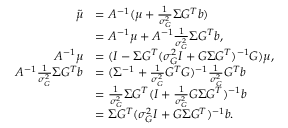
\begin{array} { r l } { \tilde { \mu } } & { = A ^ { - 1 } ( \mu + \frac { 1 } { \sigma _ { G } ^ { 2 } } \Sigma G ^ { T } b ) } \\ & { = A ^ { - 1 } \mu + A ^ { - 1 } \frac { 1 } { \sigma _ { G } ^ { 2 } } \Sigma G ^ { T } b , } \\ { A ^ { - 1 } \mu } & { = ( I - \Sigma G ^ { T } ( \sigma _ { G } ^ { 2 } I + G \Sigma G ^ { T } ) ^ { - 1 } G ) \mu , } \\ { A ^ { - 1 } \frac 1 { \sigma _ { G } ^ { 2 } } \Sigma G ^ { T } b } & { = ( \Sigma ^ { - 1 } + \frac 1 { \sigma _ { G } ^ { 2 } } G ^ { T } G ) ^ { - 1 } \frac { 1 } { \sigma _ { G } ^ { 2 } } G ^ { T } b } \\ & { = \frac { 1 } { \sigma _ { G } ^ { 2 } } \Sigma G ^ { T } ( I + \frac { 1 } { \sigma _ { G } ^ { 2 } } G \Sigma G ^ { T } ) ^ { - 1 } b } \\ & { = \Sigma G ^ { T } ( \sigma _ { G } ^ { 2 } I + G \Sigma G ^ { T } ) ^ { - 1 } b . } \end{array}